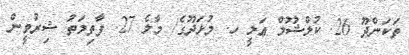
ތަކަންދޫ 26. ކުލްޝޫމް ޢަލީ ހ. މުޅަދޫގެ/ މާލެ 27. ފާތިމަތު ޝިރުވީން